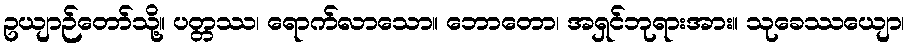
ဥယျာဉ်တော်သို့။ ပတ္တဿ၊ ရောက်လာသော။ ဘောတော၊ အရှင်ဘုရားအား။ သုခေဿယျော၊